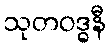
သုတဝဒ္ဓနီ